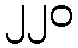
၂၂၀